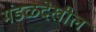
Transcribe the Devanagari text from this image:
मंडळदेखील